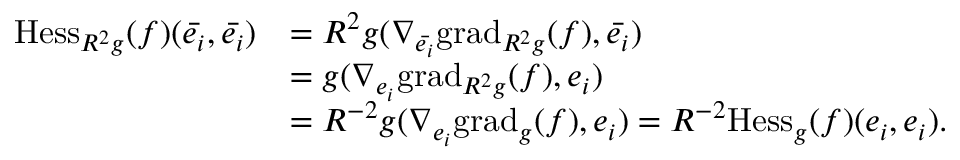
\begin{array} { r l } { \mathrm { H e s s } _ { R ^ { 2 } g } ( f ) ( \Bar { e _ { i } } , \Bar { e _ { i } } ) } & { = R ^ { 2 } g ( \nabla _ { \Bar { e _ { i } } } \mathrm { g r a d } _ { R ^ { 2 } g } ( f ) , \Bar { e _ { i } } ) } \\ & { = g ( \nabla _ { { e _ { i } } } \mathrm { g r a d } _ { R ^ { 2 } g } ( f ) , e _ { i } ) } \\ & { = R ^ { - 2 } g ( \nabla _ { { e _ { i } } } \mathrm { g r a d } _ { g } ( f ) , e _ { i } ) = R ^ { - 2 } \mathrm { H e s s } _ { g } ( f ) ( e _ { i } , e _ { i } ) . } \end{array}